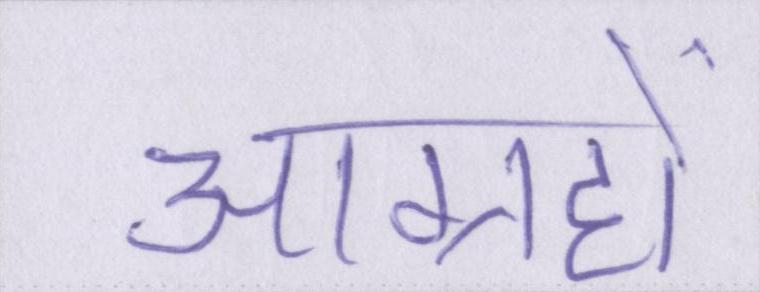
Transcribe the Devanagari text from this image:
आग्रहों